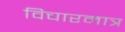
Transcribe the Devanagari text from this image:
विचारमात्र